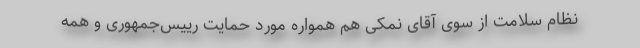
نظام سلامت از سوی آقای نمکی هم همواره مورد حمایت رییس‌جمهوری و همه